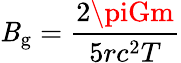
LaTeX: \mathit{B}_{\mathrm{{g}}}={\frac{{2\piGm}}{{5rc^{2}T}}}